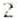
2